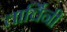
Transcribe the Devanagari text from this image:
तार्चिनी